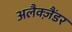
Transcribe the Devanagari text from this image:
अलैक्‍ज़ैंडर